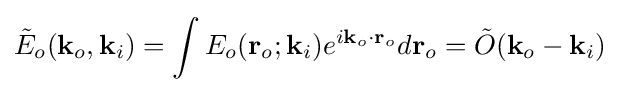
{\tilde {E}}_{o}(\mathbf {k} _{o},\mathbf {k} _{i})=\int E_{o}(\mathbf {r} _{o};\mathbf {k} _{i})e^{i\mathbf {k} _{o}\cdot \mathbf {r} _{o}}d\mathbf {r} _{o}={\tilde {O}}(\mathbf {k} _{o}-\mathbf {k} _{i})